Annual administration report of the Civil Veterinary Department of India - 1895-1896
Year: 1895
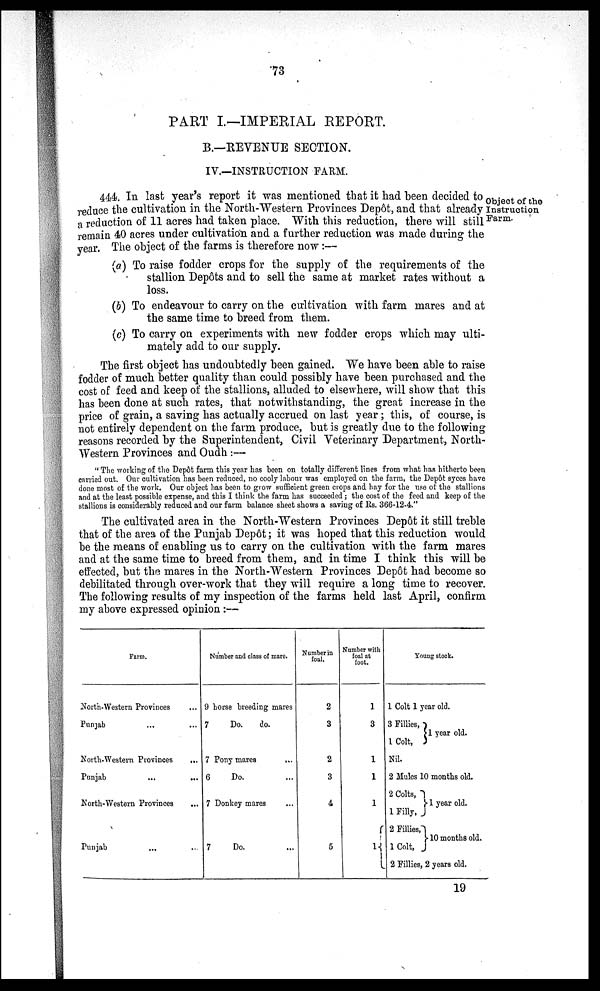
73
PART I.—IMPERIAL REPORT.
B.—REVENUE SECTION.
IV.—INSTRUCTION FARM.
Object of the
Instruction
Farm.
444. In last year's report it was mentioned that it had been decided to
reduce the cultivation in the North-Western Provinces Depôt, and that already
a reduction of 11 acres had taken place. With this reduction, there will still
remain 40 acres under cultivation and a further reduction was made during the
year. The object of the farms is therefore now:—
(a) To raise fodder crops for the supply of the requirements of the
stallion Depôts and to sell the same at market rates without a
loss.
(b) To endeavour to carry on the cultivation with farm mares and at
the same time to breed from them.
(c) To carry on experiments with new fodder crops which may ulti-
mately add to our supply.
The first object has undoubtedly been gained. We have been able to raise
fodder of much better quality than could possibly have been purchased and the
cost of feed and keep of the stallions, alluded to elsewhere, will show that this
has been done at such rates, that notwithstanding, the great increase in the
price of grain, a saving has actually accrued on last year; this, of course, is
not entirely dependent on the farm produce, but is greatly due to the following
reasons recorded by the Superintendent, Civil Veterinary Department, North-
Western Provinces and Oudh :—
"The working of the Depôt farm this year has been on totally different lines from what has hitherto been
carried out. Our cultivation has been reduced, no cooly labour was employed on the farm, the Depôt syces have
done most of the work. Our object has been to grow sufficient green crops and hay for the use of the stallions
and at the least possible expense, and this I think the farm has succeeded; the cost of the feed and keep of the
stallions is considerably reduced and our farm balance sheet shows a saving of Rs. 366-12-4."
The cultivated area in the North-Western Provinces Depôt it still treble
that of the area of the Punjab Depôt; it was hoped that this reduction would
be the means of enabling us to carry on the cultivation with the farm mares
and at the same time to breed from them, and in time I think this will be
effected, but the mares in the North-Western Provinces Depôt had become so
debilitated through over-work that they will require a long time to recover.
The following results of my inspection of the farms held last April, confirm
my above expressed opinion:—
Farm.
North-Western Provinces ...
Punjab ... ...
North-Western Provinces
...
Punjab
...
...
North-Western Provinces ...
Punjab ... ...
Number and class of mare.
9 horse breeding mares
7
Do.
do.
7 Pony mares ...
6
Do. ...
7 Donkey mares ...
7
Do. ...
Number in
foal.
2
3
2
3
4
5
Number with
foal at
foot.
1
3
1
1
1
1
Young stock.
1 Colt 1 year old.
3 Fillies,
1 Colt,
1 year old.
Nil.
2 Mules 10 months old.
2 Colts,
l Filly,
2 Fillies,
1 Colt,
1 year old.
10 months old.
2 Fillies, 2 years old.
19